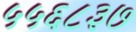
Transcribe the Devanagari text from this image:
५५६८३७